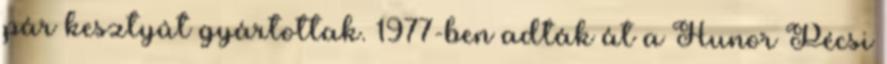
pár kesztyût gyártottak. 1977-ben adták át a Hunor Pécsi